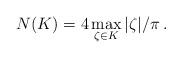
LaTeX: \begin{align*}N(K)=4\,\displaystyle{\max_{\zeta\in{}K}|}\zeta|/\pi\,.\end{align*}